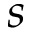
s